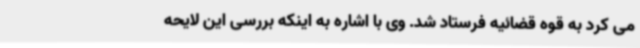
می کرد به قوه قضائیه فرستاد شد. وی با اشاره به اینکه بررسی این لایحه